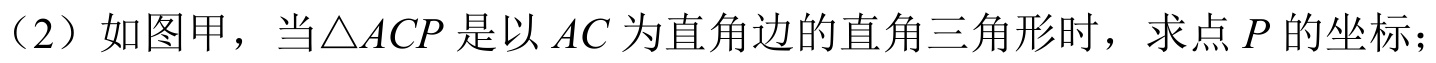
（2）如图甲，当\(\triangle ACP\)是以\(AC\)为直角边的直角三角形时，求点\(P\)的坐标；